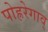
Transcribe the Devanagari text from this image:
पोह्ररेगाव्